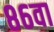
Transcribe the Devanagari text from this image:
८६वा